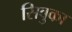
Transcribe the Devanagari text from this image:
सिवुका